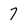
Character: 7